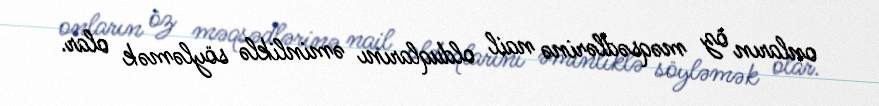
onların öz məqsədlərinə nail olduqlarını əminliklə söyləmək olar.